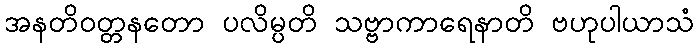
အနတိဝတ္တနတော ပလိမ္ပတိ သဗ္ဗာကာရေနာတိ ဗဟုပါယာသံ